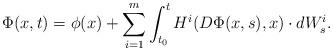
LaTeX: \begin{align*}\Phi(x,t) = \phi(x) + \sum_{i=1}^m \int_{t_0}^t H^i(D\Phi(x,s),x) \cdot dW^i_s.\end{align*}